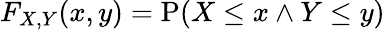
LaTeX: F_{X,Y}(x,y)=\operatorname{P}(X\leq x\land Y\leq y)